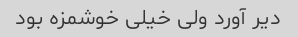
دیر آورد ولی خیلی خوشمزه بود